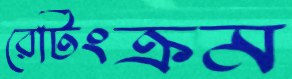
রেটিংক্রম